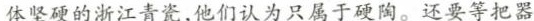
体坚硬的浙江青瓷,他们认为只属于硬陶。还要等把器